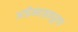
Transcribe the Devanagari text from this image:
अतीमहत्वपूर्ण